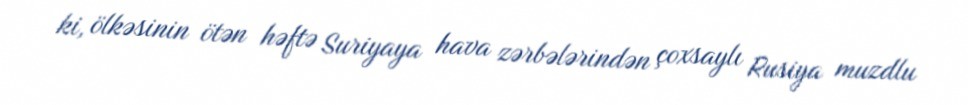
ki, ölkəsinin ötən həftə Suriyaya hava zərbələrindən çoxsaylı Rusiya muzdlu